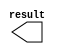
// megafunction wizard: %LPM_CONSTANT%VBB%
// GENERATION: STANDARD
// VERSION: WM1.0
// MODULE: LPM_CONSTANT 

// ============================================================
// Megafunction Name(s):
// 			LPM_CONSTANT
//
// Simulation Library Files(s):
// 			lpm
// ============================================================
// ************************************************************
// THIS IS A WIZARD-GENERATED FILE. DO NOT EDIT THIS FILE!
//
// 13.1.0 Build 162 10/23/2013 SJ Full Version
// ************************************************************

//Copyright (C) 1991-2013 Altera Corporation
//Your use of Altera Corporation's design tools, logic functions 
//and other software and tools, and its AMPP partner logic 
//functions, and any output files from any of the foregoing 
//(including device programming or simulation files), and any 
//associated documentation or information are expressly subject 
//to the terms and conditions of the Altera Program License 
//Subscription Agreement, Altera MegaCore Function License 
//Agreement, or other applicable license agreement, including, 
//without limitation, that your use is for the sole purpose of 
//programming logic devices manufactured by Altera and sold by 
//Altera or its authorized distributors.  Please refer to the 
//applicable agreement for further details.

module num_x (
	result);

	output	[10:0]  result;

endmodule

// ============================================================
// CNX file retrieval info
// ============================================================
// Retrieval info: PRIVATE: INTENDED_DEVICE_FAMILY STRING "Cyclone V"
// Retrieval info: PRIVATE: JTAG_ENABLED NUMERIC "1"
// Retrieval info: PRIVATE: JTAG_ID STRING "xfnu"
// Retrieval info: PRIVATE: Radix NUMERIC "10"
// Retrieval info: PRIVATE: SYNTH_WRAPPER_GEN_POSTFIX STRING "0"
// Retrieval info: PRIVATE: Value NUMERIC "80"
// Retrieval info: PRIVATE: nBit NUMERIC "11"
// Retrieval info: PRIVATE: new_diagram STRING "1"
// Retrieval info: LIBRARY: lpm lpm.lpm_components.all
// Retrieval info: CONSTANT: LPM_CVALUE NUMERIC "80"
// Retrieval info: CONSTANT: LPM_HINT STRING "ENABLE_RUNTIME_MOD=YES, INSTANCE_NAME=xfnu"
// Retrieval info: CONSTANT: LPM_TYPE STRING "LPM_CONSTANT"
// Retrieval info: CONSTANT: LPM_WIDTH NUMERIC "11"
// Retrieval info: USED_PORT: result 0 0 11 0 OUTPUT NODEFVAL "result[10..0]"
// Retrieval info: CONNECT: result 0 0 11 0 @result 0 0 11 0
// Retrieval info: GEN_FILE: TYPE_NORMAL num_x.v TRUE
// Retrieval info: GEN_FILE: TYPE_NORMAL num_x.inc FALSE
// Retrieval info: GEN_FILE: TYPE_NORMAL num_x.cmp FALSE
// Retrieval info: GEN_FILE: TYPE_NORMAL num_x.bsf TRUE
// Retrieval info: GEN_FILE: TYPE_NORMAL num_x_inst.v FALSE
// Retrieval info: GEN_FILE: TYPE_NORMAL num_x_bb.v TRUE
// Retrieval info: LIB_FILE: lpm